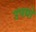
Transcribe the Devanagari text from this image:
उपयो